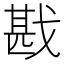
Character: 戡